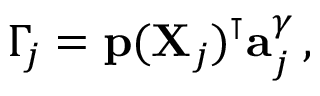
\Gamma _ { j } = \mathbf { p } ( \mathbf { X } _ { j } ) ^ { \intercal } \mathbf { a } _ { j } ^ { \gamma } \, ,